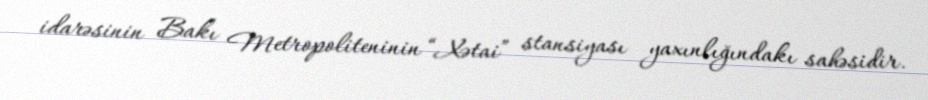
idarəsinin Bakı Metropoliteninin “Xətai” stansiyası yaxınlığındakı sahəsidir.